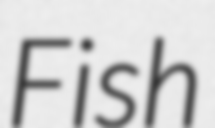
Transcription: Fish